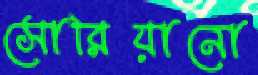
সোরিয়ানো